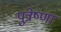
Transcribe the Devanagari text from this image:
पुत्रेष्णा